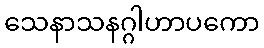
သေနာသနဂ္ဂါဟာပကော